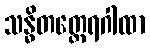
သန္ဓိတတ္ထေရဂါထာ